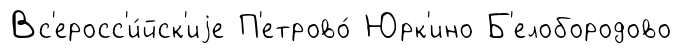
Вс'еросс'и́йск'иjе П'етрово́ Юрк'ино Б'елобородово